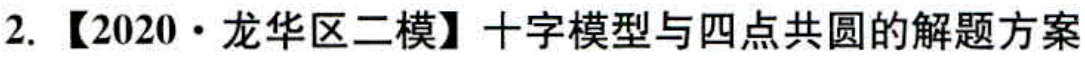
2. 【2020·龙华区二模】十字模型与四点共圆的解题方案